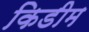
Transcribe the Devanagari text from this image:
किडीम